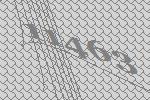
11463